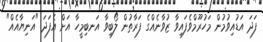
ފަދަ އަޑުއިވުމުން މަހުރޫމްވެފައިވާ ޒުވާނެއްގެ ފަރާތުން ލޯބިވާ އަނބިމީހާ އަށް އެފަދަ "އަނިޔާއެއް"